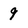
Character: 9